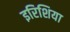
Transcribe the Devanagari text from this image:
इरिशिया